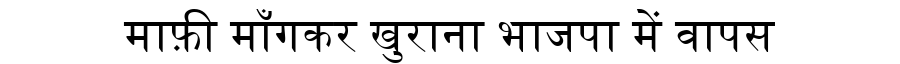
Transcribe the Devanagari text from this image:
माफ़ी माँगकर खुराना भाजपा में वापस